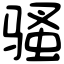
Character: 骚